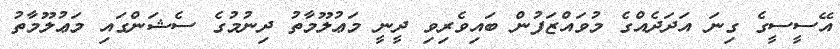
އޭސީސީގެ ގިނަ އަދަދެއްގެ މުވައްޒަފުން ބައިވެރިވި ދީނީ މަޢުލޫމާތު ދިނުމުގެ ސެޝަންގައި މަޢުލޫމާތު